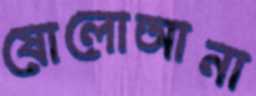
ষোলোআনা